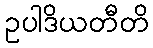
ဥပါဒိယတီတိ